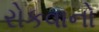
રોકવાનો